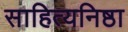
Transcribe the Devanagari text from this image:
साहित्यनिष्ठा